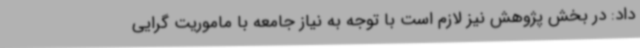
داد: در بخش پژوهش نیز لازم است با توجه به نیاز جامعه با ماموریت گرایی